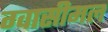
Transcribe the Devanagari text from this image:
ग्वासीमल